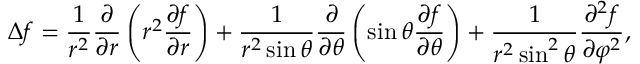
\Delta f = { \frac { 1 } { r ^ { 2 } } } { \frac { \partial } { \partial r } } \left( r ^ { 2 } { \frac { \partial f } { \partial r } } \right) + { \frac { 1 } { r ^ { 2 } \sin \theta } } { \frac { \partial } { \partial \theta } } \left( \sin \theta { \frac { \partial f } { \partial \theta } } \right) + { \frac { 1 } { r ^ { 2 } \sin ^ { 2 } \theta } } { \frac { \partial ^ { 2 } f } { \partial \varphi ^ { 2 } } } ,